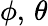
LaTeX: \phi,\, \theta